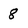
Character: 8